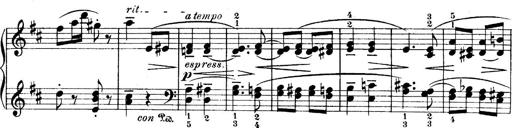
Title: 4 Sonatines
Composer: Max Reger